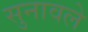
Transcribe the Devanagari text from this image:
सुनावले